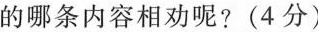
的哪条内容相劝呢?(4分)